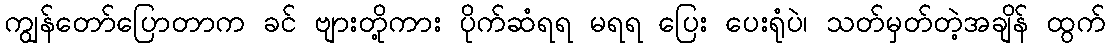
ကျွန်တော်ပြောတာက ခင် ဗျားတို့ကား ပိုက်ဆံရရ မရရ ပြေး ပေးရုံပဲ၊ သတ်မှတ်တဲ့အချိန် ထွက်